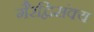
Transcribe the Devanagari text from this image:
गैरद्विसंक्य